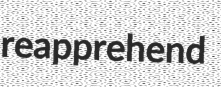
reapprehend